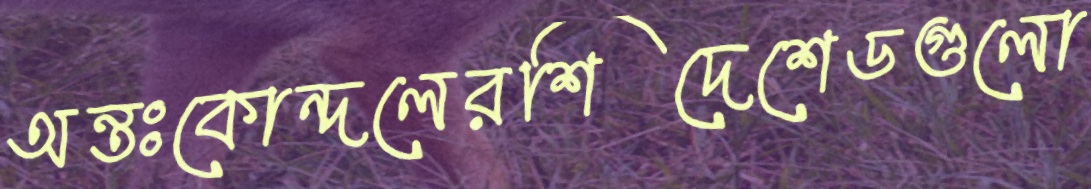
অন্তঃকোন্দলেরশিদেশেডগুলো